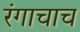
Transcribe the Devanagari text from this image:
रंगाचाच